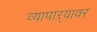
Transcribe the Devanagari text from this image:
व्यापाऱ्यावर